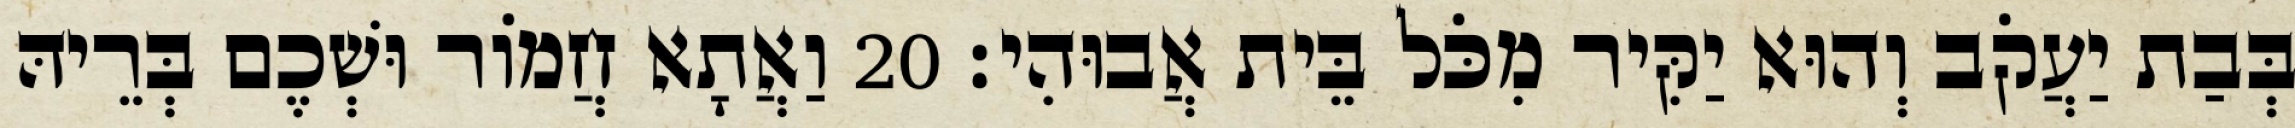
בְּבַת יַעֲקֹב וְהוּא יַקִּיר מִכֹּל בֵּית אֲבוּהִי׃ 20 וַאֲתָא חֲמוֹר וּשְׁכֶם בְּרֵיהּ